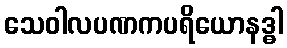
သေဝါလပဏကပရိယောနဒ္ဓါ